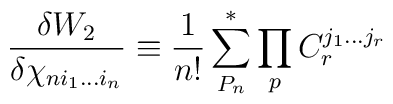
{\frac{\delta W_2}{\delta\chi_{ni_1...i_n}}}\equiv {\frac{1}{n!}}\sum^*_{P_n}\prod_{p}C_r^{j_1...j_r}